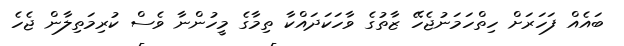
ބައެއް ފަހަރަށް ހިތްހަމަނުޖެހޭ ޒާތުގެ ވާހަކަދައްކާ ތިމާގެ މީހުންނާ ވެސް ކުރިމަތިލާން ޖެހެ